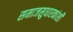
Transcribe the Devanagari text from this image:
समाजसुधारकांशी